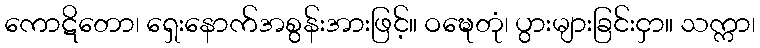
ကောဋိတော၊ ရှေးနောက်အစွန်းအားဖြင့်။ ဝဍ္ဎေတုံ၊ ပွားများခြင်းငှာ။ သက္ကာ၊